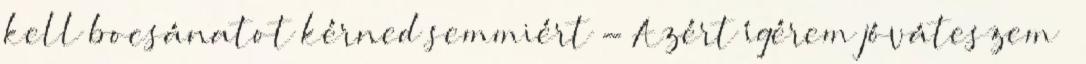
kell bocsánatot kérned semmiért - Azért ígérem jóváteszem –